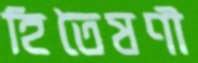
হিতৈষণী